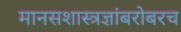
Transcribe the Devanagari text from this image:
मानसशास्त्रज्ञांबरोबरच